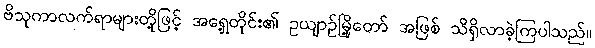
ဗိသုကာလက်ရာများတို့ဖြင့် အရှေ့တိုင်း၏ ဥယျာဉ်မြို့တော် အဖြစ် သိရှိလာခဲ့ကြပါသည်။